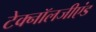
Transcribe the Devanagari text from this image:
टेक्नॉलजीएंड